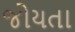
જોયતા